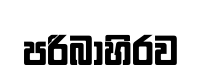
පරිබාහිරව